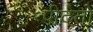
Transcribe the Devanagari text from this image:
पीदेतो